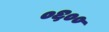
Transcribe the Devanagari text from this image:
०६००